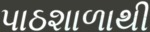
પાઠશાળાથી